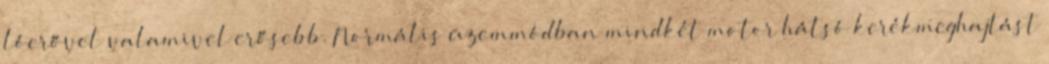
lóerővel valamivel erősebb. Normális üzemmódban mindkét motor hátsó kerékmeghajtást